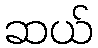
ဆယ်